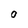
Character: O